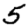
Digit: 5